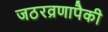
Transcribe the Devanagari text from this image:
जठरव्रणापैकी